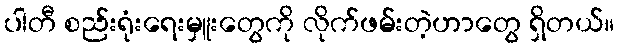
ပါတီ စည်းရုံးရေးမှူးတွေကို လိုက်ဖမ်းတဲ့ဟာတွေ ရှိတယ်။